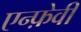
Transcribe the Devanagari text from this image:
एन्फ़ेवी